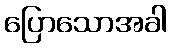
ပြောသောအခါ